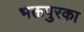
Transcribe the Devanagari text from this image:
भक्तपुरका